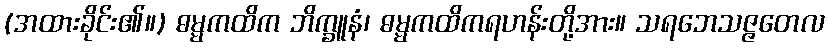
(အထားခိုင်း၏။) ဓမ္မကထိက ဘိက္ခူနံ၊ ဓမ္မကထိကရဟန်းတို့အား။ သရဘေသဇ္ဇတေလ